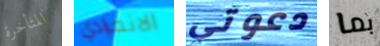
المتأخرة الانفرادي دعوتي بما